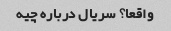
واقعا؟ سریال درباره چیه